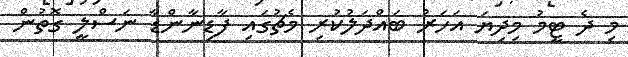
މި ދެ ޓީމު މިދިޔަ އަހަރު ބައްދަލުކުރި މެޗުގައި ފާޑިނާންޑާ ނަސްލީ ގޮތުން